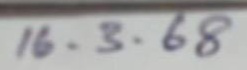
16 . 3 . 68